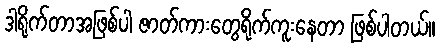
ဒါရိုက်တာအဖြစ်ပါ ဇာတ်ကားတွေရိုက်ကူးနေတာ ဖြစ်ပါတယ်။